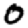
Digit: 0